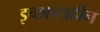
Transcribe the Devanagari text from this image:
इच्छापत्रहीन